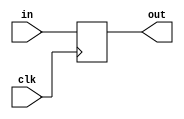
`timescale 1ns / 1ps
//////////////////////////////////////////////////////////////////////////////////
// Company: 
// Engineer: 
// 
// Design Name: 
// Module Name: DR
// Project Name: 
// Target Devices: 
// Tool Versions: 
// Description: 
// 
// Dependencies: 
// 
// Revision:
// Revision 0.01 - File Created
// Additional Comments:
// 
//////////////////////////////////////////////////////////////////////////////////


module DR(
    input clk,
    input [31:0] in,
    output reg [31:0] out
    );
    //
    always @(posedge clk) begin
        out = in;
    end
endmodule